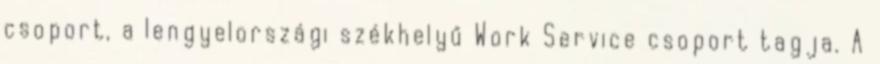
csoport, a lengyelországi székhelyű Work Service csoport tagja. A